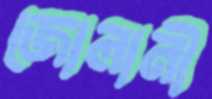
জোলানী